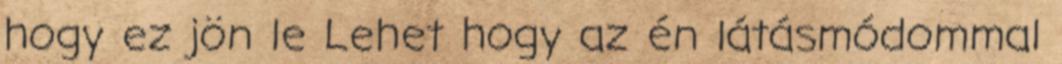
hogy ez jön le Lehet hogy az én látásmódommal